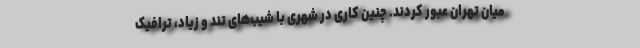
میان تهران عبور کردند. چنین کاری در شهری با شیب‌های تند و زیاد، ترافیک